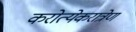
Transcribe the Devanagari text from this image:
करोत्येकरात्रेण